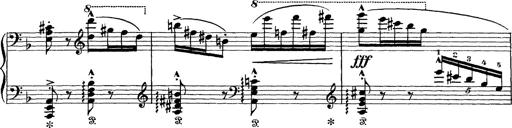
Title: Scherzo und Marsch
Composer: Franz Liszt